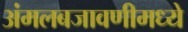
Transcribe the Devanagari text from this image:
अंमलबजावणीमध्ये